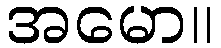
အမော။